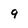
Character: 9